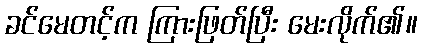
ခင်မေတင့်က ကြားဖြတ်ပြီး မေးလိုက်၏။